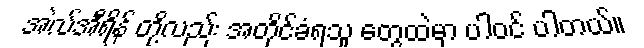
အဲလ်အီရိန် တို့လည်း အတိုင်ခံရသူ တွေထဲမှာ ပါဝင် ပါတယ်။